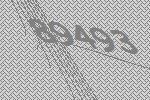
89493